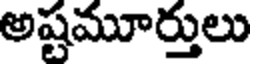
అష్టమూర్తులు